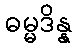
ဓမ္မဒိန္န